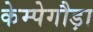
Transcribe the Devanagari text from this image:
केम्पेगौड़ा